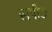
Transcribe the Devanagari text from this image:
सपीङ